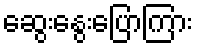
ဆွေးနွေးပြောကြား